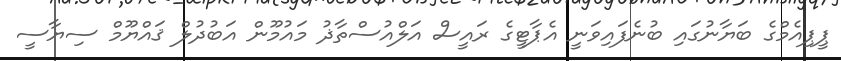
ޕީޕިއެމްގެ ބަޔާނުގައި ބުނެފައިވަނީ އެޕާޓީގެ ރައީސް އަލްއުސްތާޛު މައުމޫން އަބުދުލް ޤައްޔޫމް ސިޔާސީ